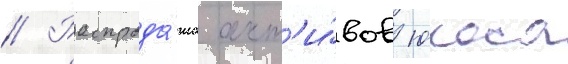
// Распрода́жа акт'и́вов юкоса